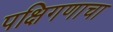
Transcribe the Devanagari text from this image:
पक्षिगणाचा